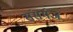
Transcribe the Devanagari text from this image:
संसर्गज